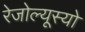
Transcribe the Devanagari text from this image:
रेजोल्यूस्यो